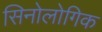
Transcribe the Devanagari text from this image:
सिनोलोगिक